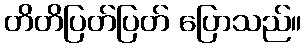
တိတိပြတ်ပြတ် ပြောသည်။